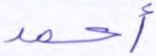
أحمد